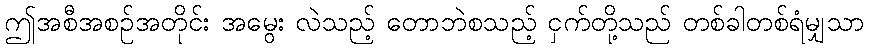
ဤအစီအစဉ်အတိုင်း အမွေး လဲသည့် တောဘဲစသည့် ငှက်တို့သည် တစ်ခါတစ်ရံမျှသာ